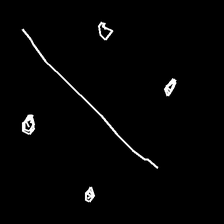
Glyph: cool